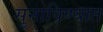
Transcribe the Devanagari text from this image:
सुनाविण्यात